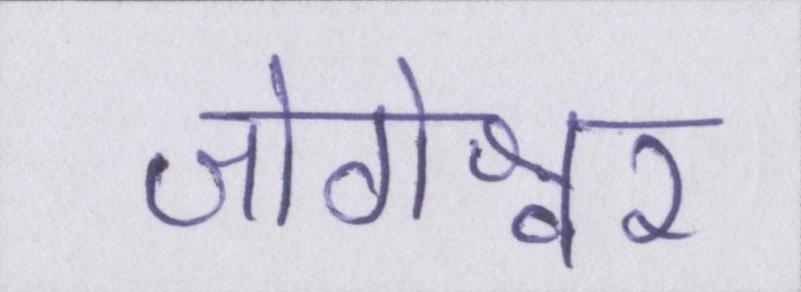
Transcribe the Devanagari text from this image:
जोगेश्वर